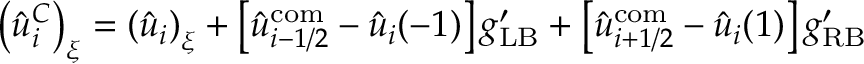
\left( \hat { u } _ { i } ^ { C } \right) _ { \xi } = \left( \hat { u } _ { i } \right) _ { \xi } + \left[ \hat { u } _ { i - 1 / 2 } ^ { \mathrm { c o m } } - \hat { u } _ { i } ( - 1 ) \right] g _ { \mathrm { L B } } ^ { \prime } + \left[ \hat { u } _ { i + 1 / 2 } ^ { \mathrm { c o m } } - \hat { u } _ { i } ( 1 ) \right] g _ { \mathrm { R B } } ^ { \prime }